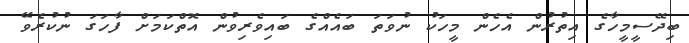
ބިދޭސީމީހާގެ އިތުރުން އެހެން މީހަކު ނުވަތަ ބައެއްގެ ބައިވެރިވުން އޮތްކަމަށް ފާހަގަ ނުކުރެވޭ